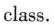
class.